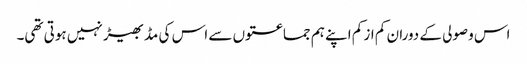
اس وصولی کے دوران کم از کم اپنے ہم جماعتوں سے اس کی مڈبھیڑ نہیں ہوتی تھی۔